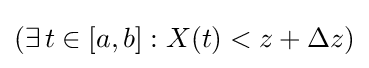
(\exists \,t\in [a,b]:X(t)<z+\Delta z)